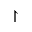
\upharpoonright